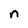
Character: n